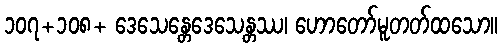
၁၀၇+၁၀၈+ ဒေသေန္တေဒေသေန္တဿ၊ ဟောတော်မူတတ်ထသော။